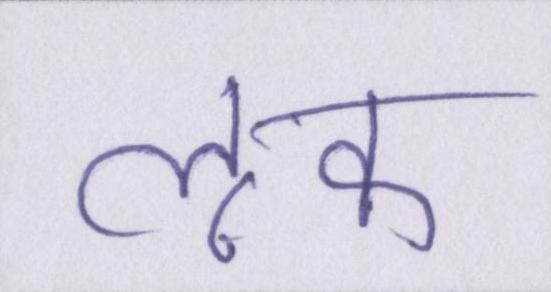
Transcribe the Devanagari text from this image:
लुक